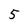
Character: 5